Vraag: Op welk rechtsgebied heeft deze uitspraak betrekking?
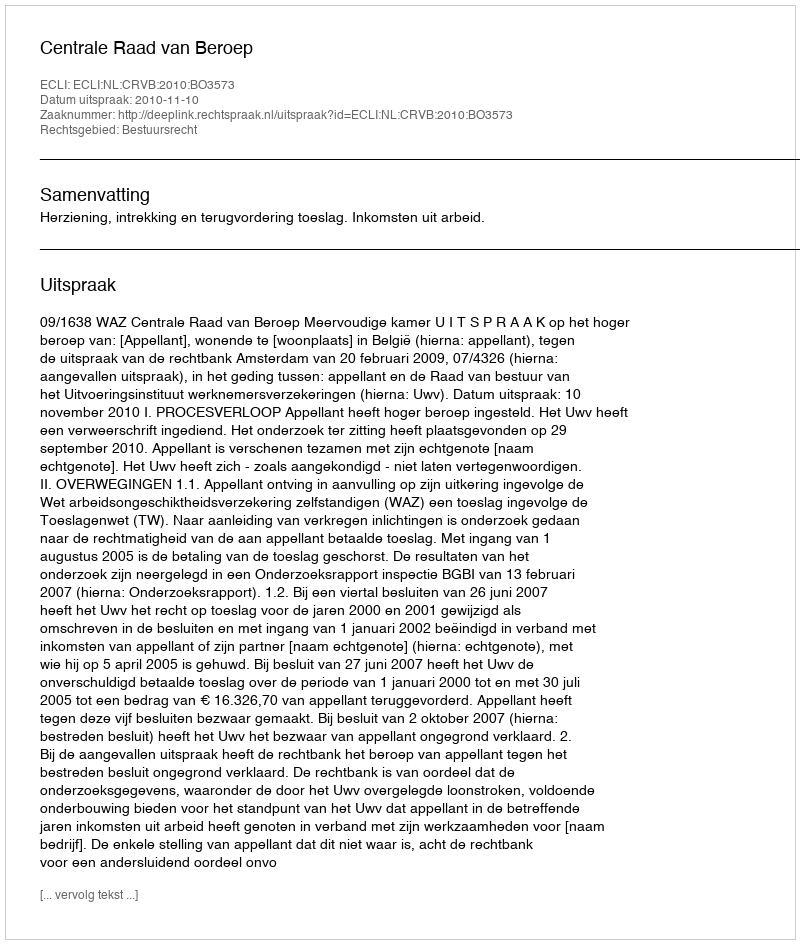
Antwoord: Bestuursrecht